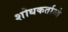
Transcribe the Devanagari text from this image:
शोधकर्ताओ